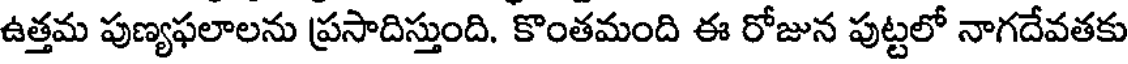
ఉత్తమ పుణ్యఫలాలను ప్రసాదిస్తుంది. కొంతమంది ఈ రోజున పుట్టలో నాగదేవతకు